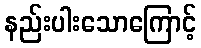
နည်းပါးသောကြောင့်